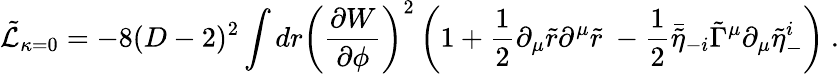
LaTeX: \tilde{\cal L}_{\kappa=0}=-8(D-2)^{2}\int dr\left({\frac{\partial W}{\partial\phi}}\right)^{2}\left(1+{\frac{1}{2}}\partial_{\mu}\tilde{r}\partial^{\mu}\tilde{r}\ -{\frac{1}{2}}\bar{\tilde{\eta}}_{-i}\tilde{\Gamma}^{\mu}\partial_{\mu}\tilde{\eta}_{-}^{i}\right)\ .